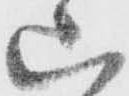
山